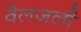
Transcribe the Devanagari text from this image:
वेलजली